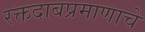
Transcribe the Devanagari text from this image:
रक्तदाबप्रमाणाचे